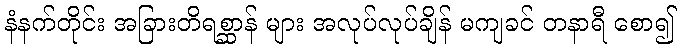
နံနက်တိုင်း အခြားတိရစ္ဆာန် များ အလုပ်လုပ်ချိန် မကျခင် တနာရီ စော၍